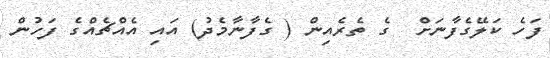
ފަހެ ކަލޭގެފާނަށް  ގެ ތެރެއިން ( ގެފާނާމެދު) އައި އެއްޗެއްގެ ފަހުން